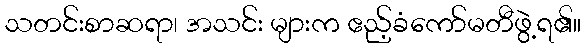
သတင်းစာဆရာ၊ အသင်း များက ဧည့်ခံကော်မတီဖွဲ့ရ၏။